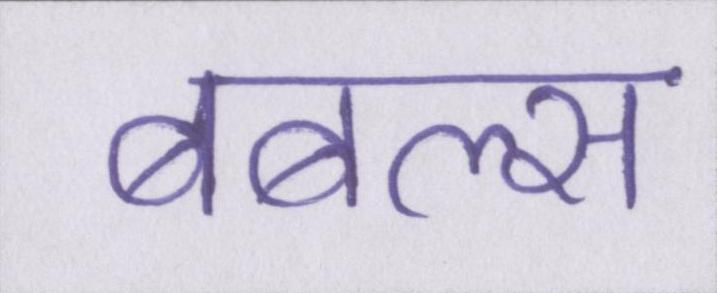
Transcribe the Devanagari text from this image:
बबल्स